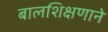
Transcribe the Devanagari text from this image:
बालशिक्षणाने